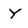
Character: Y